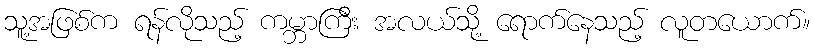
သူ့အဖြစ်က ရန်လိုသည့် ကမ္ဘာကြီး အလယ်သို့ ရောက်နေသည့် လူတယောက်။